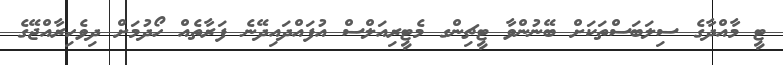
ޓީ މާއްދާގެ ސިލަބަސްތަކަށް ބޭނުންވާ ޓީޗިންގ މެޓީރިއަލްސް އުފައްދައިދޭނެ ފަރާތެއް ހޯދުމަށް ދިވެހިރާއްޖޭގެ